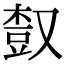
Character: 𣕒